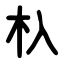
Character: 杁